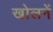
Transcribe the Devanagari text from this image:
खोलनें